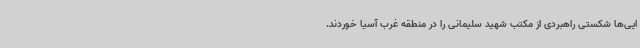
ایی‌ها شکستی راهبردی از مکتب شهید سلیمانی را در منطقه غرب آسیا خوردند.